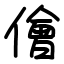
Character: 儈